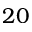
2 0